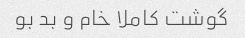
گوشت کاملا خام و بد بو